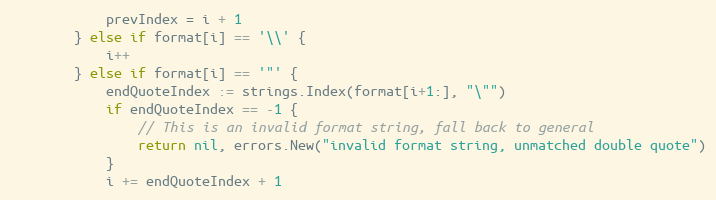
Language: Go
			prevIndex = i + 1
		} else if format[i] == '\\' {
			i++
		} else if format[i] == '"' {
			endQuoteIndex := strings.Index(format[i+1:], "\"")
			if endQuoteIndex == -1 {
				// This is an invalid format string, fall back to general
				return nil, errors.New("invalid format string, unmatched double quote")
			}
			i += endQuoteIndex + 1